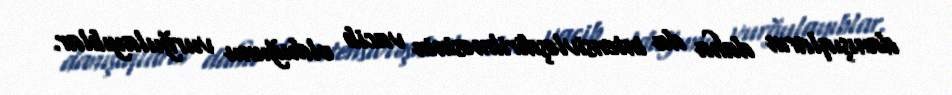
danışıqların daha da intensivləşdirilməsinin vacib olduğunu vurğulayıblar.